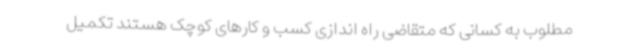
مطلوب به کسانی که متقاضی راه اندازی کسب و کارهای کوچک هستند تکمیل